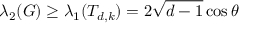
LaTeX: \lambda _ { 2 } ( G ) \geq \lambda _ { 1 } ( T _ { d , k } ) = 2 { \sqrt { d - 1 } } \cos \theta